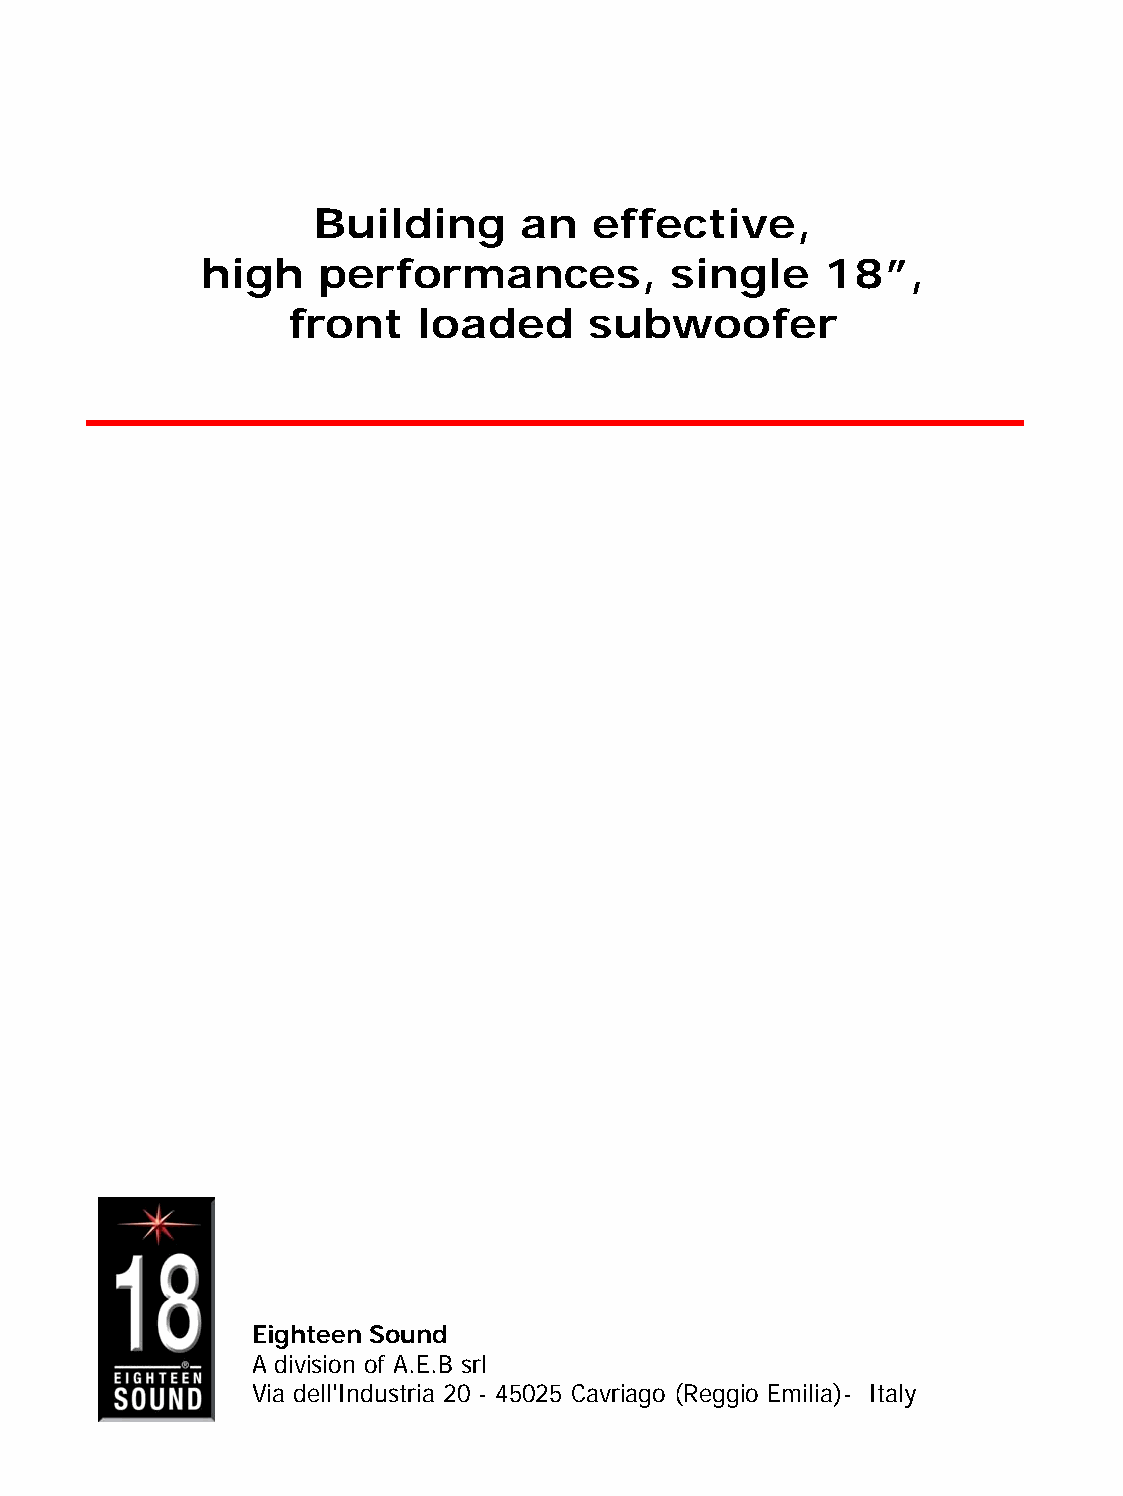
Building     an   effective,
 high    performances,          single    18”,
 front    loaded     subwoofer
 Eighteen Sound
 A division of A.E.B srl
 Via dell'Industria 20 - 45025 Cavriago (Reggio Emilia)- Italy